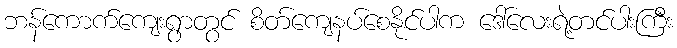
ဘန်ကောက်ကျေးရွာတွင် စိတ်ကျေနပ်စေနိုင်ပါက ဒေါ်လေးရဲ့တင်ပါးကြီး